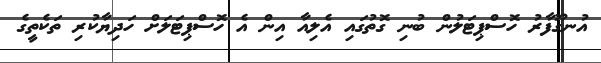
އުނގޫފާރު ހޮސްޕިޓަލުން ބުނި ގޮތުގައި އެލިއާ އިން އެ ހޮސްޕިޓަލަށް ހަދިޔާކުރި ތަކެތީގެ